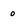
Character: 0